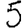
Digit: 5